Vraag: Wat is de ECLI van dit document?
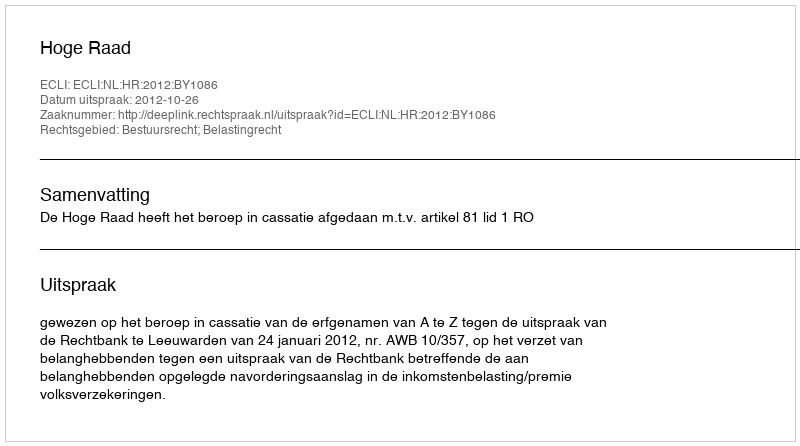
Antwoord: ECLI:NL:HR:2012:BY1086